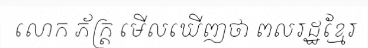
លោក ភ័ក្ត្រ មើលឃើញថា ពលរដ្ឋខ្មែរ